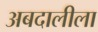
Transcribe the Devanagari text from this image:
अबदालीला